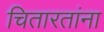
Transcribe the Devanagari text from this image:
चितारतांना